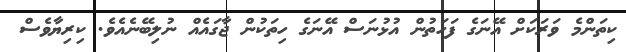
ކިތަންމެ ވަރަކަށް އޭނަގެ ފަހަތުން އުޅުނަސް އޭނަގެ ހިތަކުން ޖާގައެއް ނުލިބޭނެއެވެ. ކިރިޔާވެސް